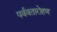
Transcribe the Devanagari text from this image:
पर्ववतारोहण